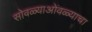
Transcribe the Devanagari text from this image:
सोवळ्याओंवळ्याचा